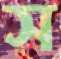
স